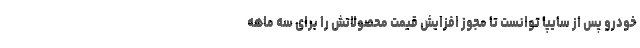
خودرو پس از سایپا توانست تا مجوز افزایش قیمت محصولاتش را برای سه ماهه